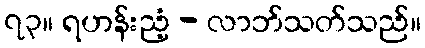
၇၃။ ရဟန်းညံ့ - လာဘ်သတ်သည်။